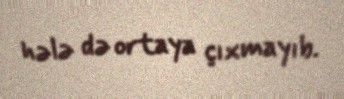
hələ də ortaya çıxmayıb.